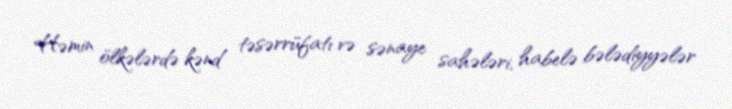
Həmin ölkələrdə kənd təsərrüfatı və sənaye sahələri, habelə bələdiyyələr